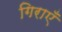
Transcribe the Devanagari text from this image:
गिराएँ